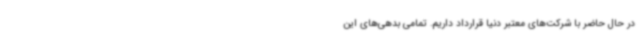
در حال حاضر با شرکت‌های معتبر دنیا قرارداد داریم. تمامی بدهی‌های این